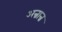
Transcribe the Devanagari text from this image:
अन्नान्न